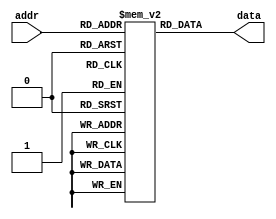
`timescale 1ns/1ps

module crclut #(
  // IWIDTH is width of LUT input.
  parameter IWIDTH = 8,
  // OWIDTH is width of LUT output.  This is the width of the CRC check value,
  // which is one less than the order of the CRC polynomial.
  parameter OWIDTH = 32,
  // POLY is the CRC polynomial, excluding the msb.  This should be the
  // "normal" representaion, even if the desired CRC implementation is
  // lsb-first.
  parameter POLY = 32'h04C11DB7,
  // XN is the n in the x**n factor for this LUT.  It is essentially the
  // number of zeros that are assumed to be appended to the input.
  parameter XN = 0,
  // LSB_FIRST describes bit ordering of input and output.  When LSB_FIRST is
  // true, the input words are assumed to be bit-reversed and the output word
  // is also bit reversed.
  parameter LSB_FIRST = 1
)(
  input  [IWIDTH-1:0] addr,
  output [OWIDTH-1:0] data
);

  // Lookup table that is OWIDTH wide and 2**IWIDTH deep
  reg [OWIDTH-1:0] lut [0:2**IWIDTH-1];
  integer i;

  function [OWIDTH-1:0] lutinit(input [IWIDTH-1:0] a);
    integer i;
    reg [OWIDTH-1:0] b;
    reg msb;
    begin
      // Initialize upper IWIDTH bits of b to a, others to 0
      b = {a, {OWIDTH-IWIDTH{1'b0}}};

      if(LSB_FIRST)
        // Bit reverse a into the upper IWIDTH bits of b.
        for(i=0; i<IWIDTH; i=i+1)
          b[OWIDTH-1-i] = a[i];

      // Divide IWIDTH+XN terms of zero-padded input by POLY.
      for(i=0; i<IWIDTH+XN; i=i+1) begin
        msb = b[OWIDTH-1];
        b = {b[OWIDTH-2:0], 1'b0};
        if(msb)
          b = b ^ POLY;
      end // for

      if(LSB_FIRST)
        // Bit reverse b into lutinit
        for(i=0; i<OWIDTH; i=i+1)
          lutinit[OWIDTH-1-i] = b[i];
      else
        lutinit = b;
    end
  endfunction

  initial begin
    for(i=0; i<2**IWIDTH; i=i+1)
      lut[i] = lutinit(i);

    //i='h00; $display("lutinit[%x] = %x", i, lutinit(i));
    //i='h80; $display("lutinit[%x] = %x", i, lutinit(i));
    //$display("lutinit[0] = %b", lutinit(0));
  end // initial

  assign data = lut[addr];

endmodule